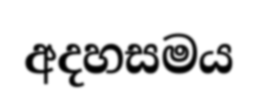
අදහසමය